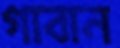
গাবান